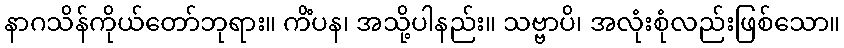
နာဂသိန်ကိုယ်တော်ဘုရား။ ကိံပန၊ အသို့ပါနည်း။ သဗ္ဗာပိ၊ အလုံးစုံလည်းဖြစ်သော။